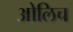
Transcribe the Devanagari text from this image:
ओलिच